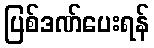
ပြစ်ဒဏ်ပေးရန်